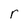
Character: r